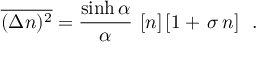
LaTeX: \overline { { { ( \Delta n ) ^ { 2 } } } } = \frac { \sinh \alpha } { \alpha } \, \, [ n ] \, [ 1 + \, \sigma \, n ] \ \ .